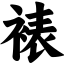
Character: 裱